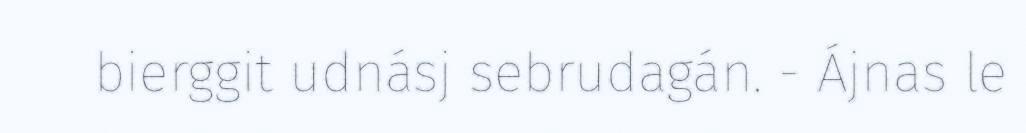
bierggit udnásj sebrudagán. - Ájnas le